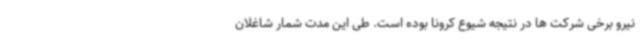
نیرو برخی شرکت ها در نتیجه شیوع کرونا بوده است. طی این مدت شمار شاغلان